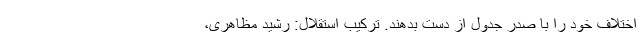
اختلاف خود را با صدر جدول از دست بدهند. ترکیب استقلال: رشید مظاهری،